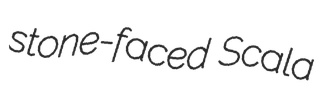
stone-faced Scala